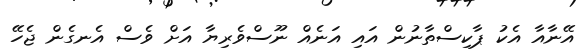
އޭނާއާ އެކު ޕާކިސްތާނުން އައި އަނެއް ނޫސްވެރިޔާ އަށް ވެސް އެނގެން ޖެހޭ